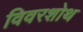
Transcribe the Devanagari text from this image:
विवरशोथ